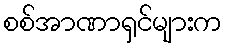
စစ်အာဏာရှင်များက